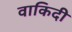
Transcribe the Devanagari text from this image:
वाकिदी